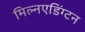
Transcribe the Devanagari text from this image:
मिल्नएडिंग्टन